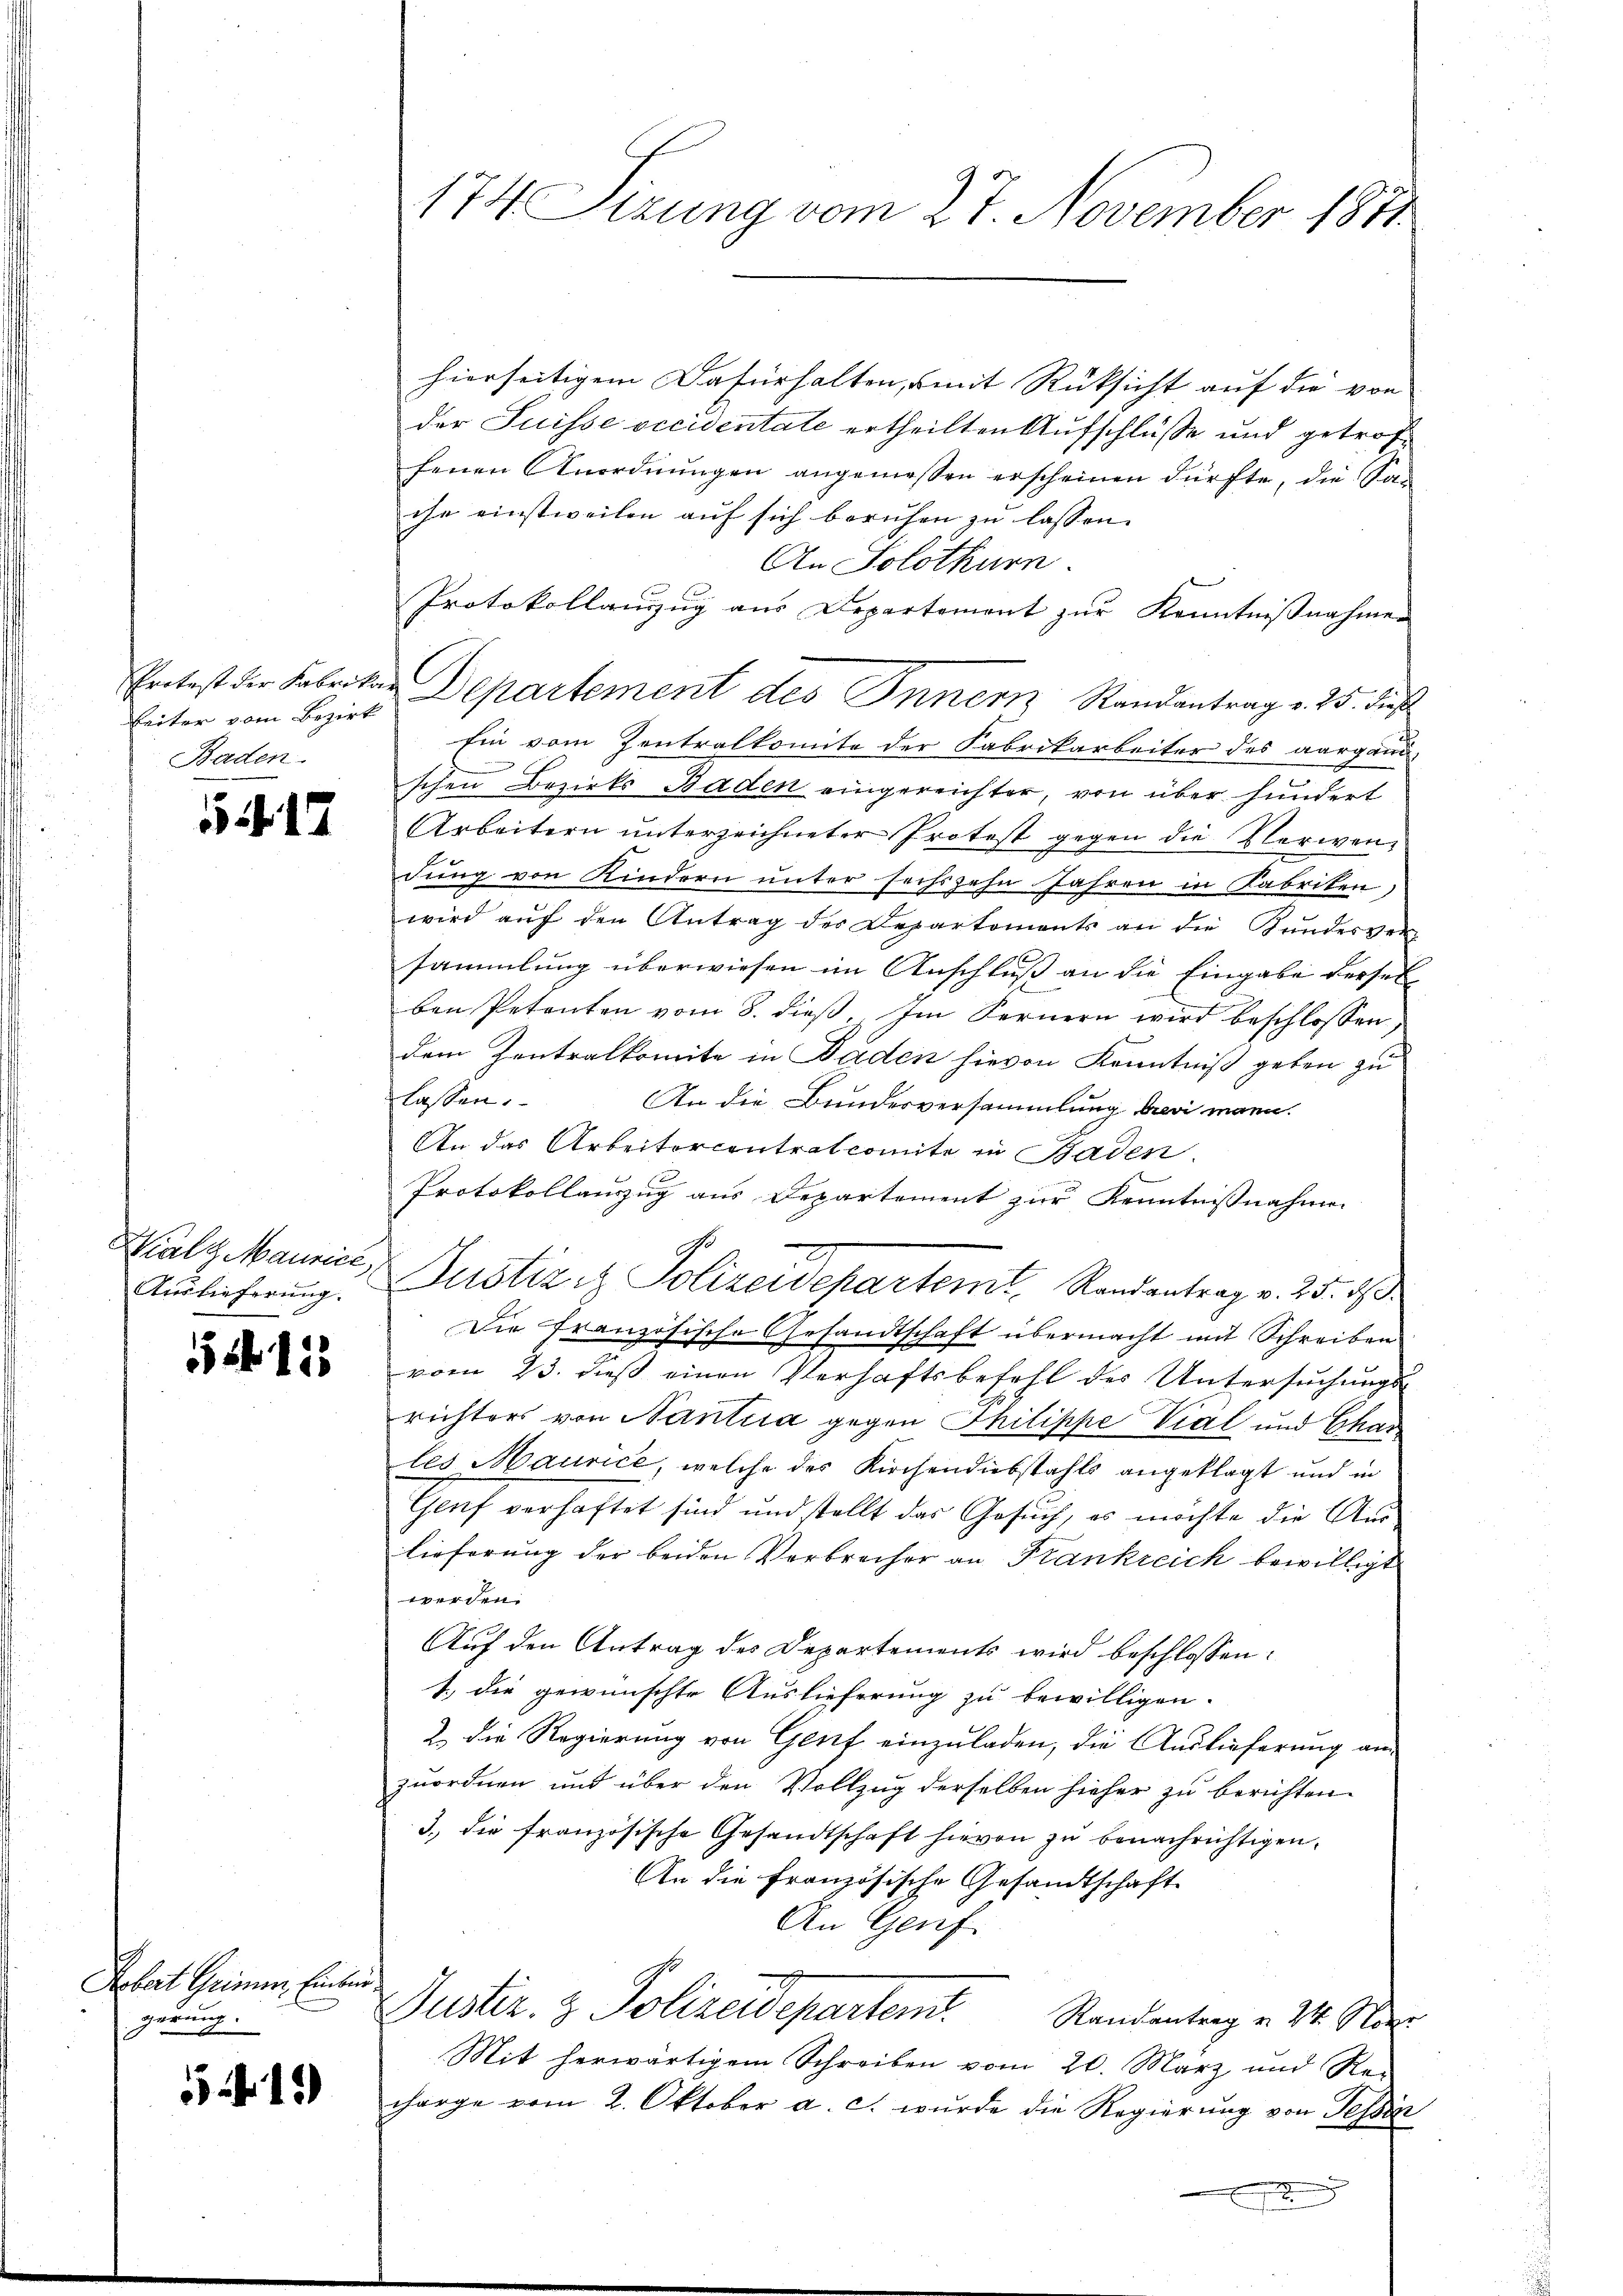
Reiter vom Bezirk
Baden.

17

Wialt Maurice,
Auslieferung.

5125

Febert Grimmer, Einbrin
gerung.

13

174 Sizung vom 27. November 1814.

hierseitigem Dafürhalten, mit Rüksicht auf die von
der Suisse occidentate ertheilten Aufschlüße und getroffenen Anordnŭngen angemessen erscheinen dürfte, die San
che einstweilen auf sich beruhen zu lassen.
An Solothurn.
Protokollanzzug aus Departement zur Kenntnißnahmen
Ein vom Zentralkomite der Fabrikarbeiter des aargang
schen Bezirks Baden eingereichter, von über hundert
Arbeitern unterzeichneter Protest gegen die Verwendung von Kindern unter sechszehn Jahren in Fabriken,
wird aŭf den Antrag der Departements an die Bundesver
sammlung überwiesen im Anschluß an die Eingabe derselben Petenten vom 8. dieß. Im Fernern wird beschlossen
dem Zentralkomite in Baden hievon Kenntniß geben zu
lassen.
An die Bundesversammlung brevi mann.
An das Arbeitercentralcomite in Baden.
x
Protokollauszug aus Departement zur Kenntnisnahmen
r
Justiziz Polizeidepartemt, Randantrag v. 25. ds.
Die Französische Gesandtschaft übermacht mit Schreiben
vom 23. dieβ einen Verhaftsbefehl des Untersŭchŭngs-
richters von Nantria gegen Philippe Vial und Char
les Maurice, welche des Kirchendiebstahls angeklagt und in
Genf verhaftet sind und stellt das Gesuch, es möchte die Auslieferung der beiden Verbrecher an Frankreich bewilligt
werden.
Auf den Antrag des Departements wird beschlossen:
1.) die gewünschte Auslieferung zu bewilligen.
2. die Regierung von Genf einzuladen, die Auslieferung anzuordnen und über den Vollzug derselben hieher zu berichten.
3. die französische Gesandtschaft hievon zŭ benachrichtigen.
An die Französische Gesandtschaft
An Genf.
Duster. & Polizeidepartend.
Randantrag v. 24. Nove
Mit herwärtigem Schreiben vom 20. März und Re-
horge vom 2. Oktober a. c. wurde die Regierung von Tessi

Erntest der Fabritar Departement des Innern Randantrag v. 25. dies